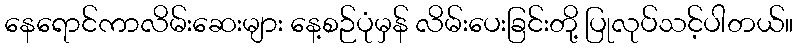
နေရောင်ကာလိမ်းဆေးများ နေ့စဉ်ပုံမှန် လိမ်းပေးခြင်းတို့ ပြုလုပ်သင့်ပါတယ်။